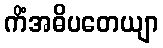
ကိံအဓိပတေယျာ